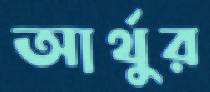
আর্থুর